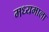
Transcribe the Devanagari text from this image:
मध्यमाला